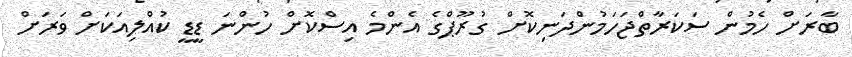
ބާރަށް ހެމުން ސަކަރާތްޖަހަމުންދަނިކޮށް ގުރޫޕްގެ އެންމެ އިސްކޮށް ހުންނަ ޑީޑީ ކުއްލިއަކަށް ވަރަށް